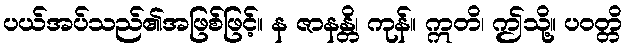
ပယ်အပ်သည်၏အဖြစ်ဖြင့်။ န ဇာနန္တိ၊ ကုန်။ ဣတိ၊ ဤသို့။ ပဝတ္တိ